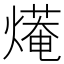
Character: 𤎣